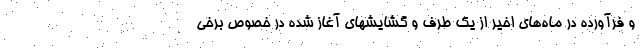
و فرآورده در ماه‌های اخیر از یک طرف و گشایشهای آغاز شده در خصوص برخی